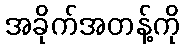
အခိုက်အတန့်ကို